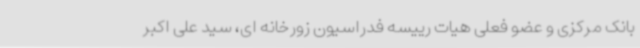
بانک مرکزی و عضو فعلی هیات رییسه فدراسیون زورخانه ای، سید علی اکبر